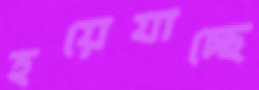
হয়েযাচ্ছে